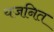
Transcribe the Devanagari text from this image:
यजनित